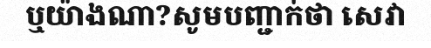
ឬយ៉ាងណា?សូមបញ្ជាក់ថា សេវា